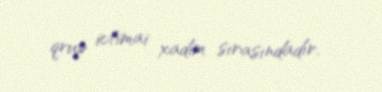
qrup ictimai xadim sırasındadır.